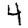
Digit: 4